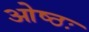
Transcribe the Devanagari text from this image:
ओष्ठः